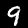
Label: 9